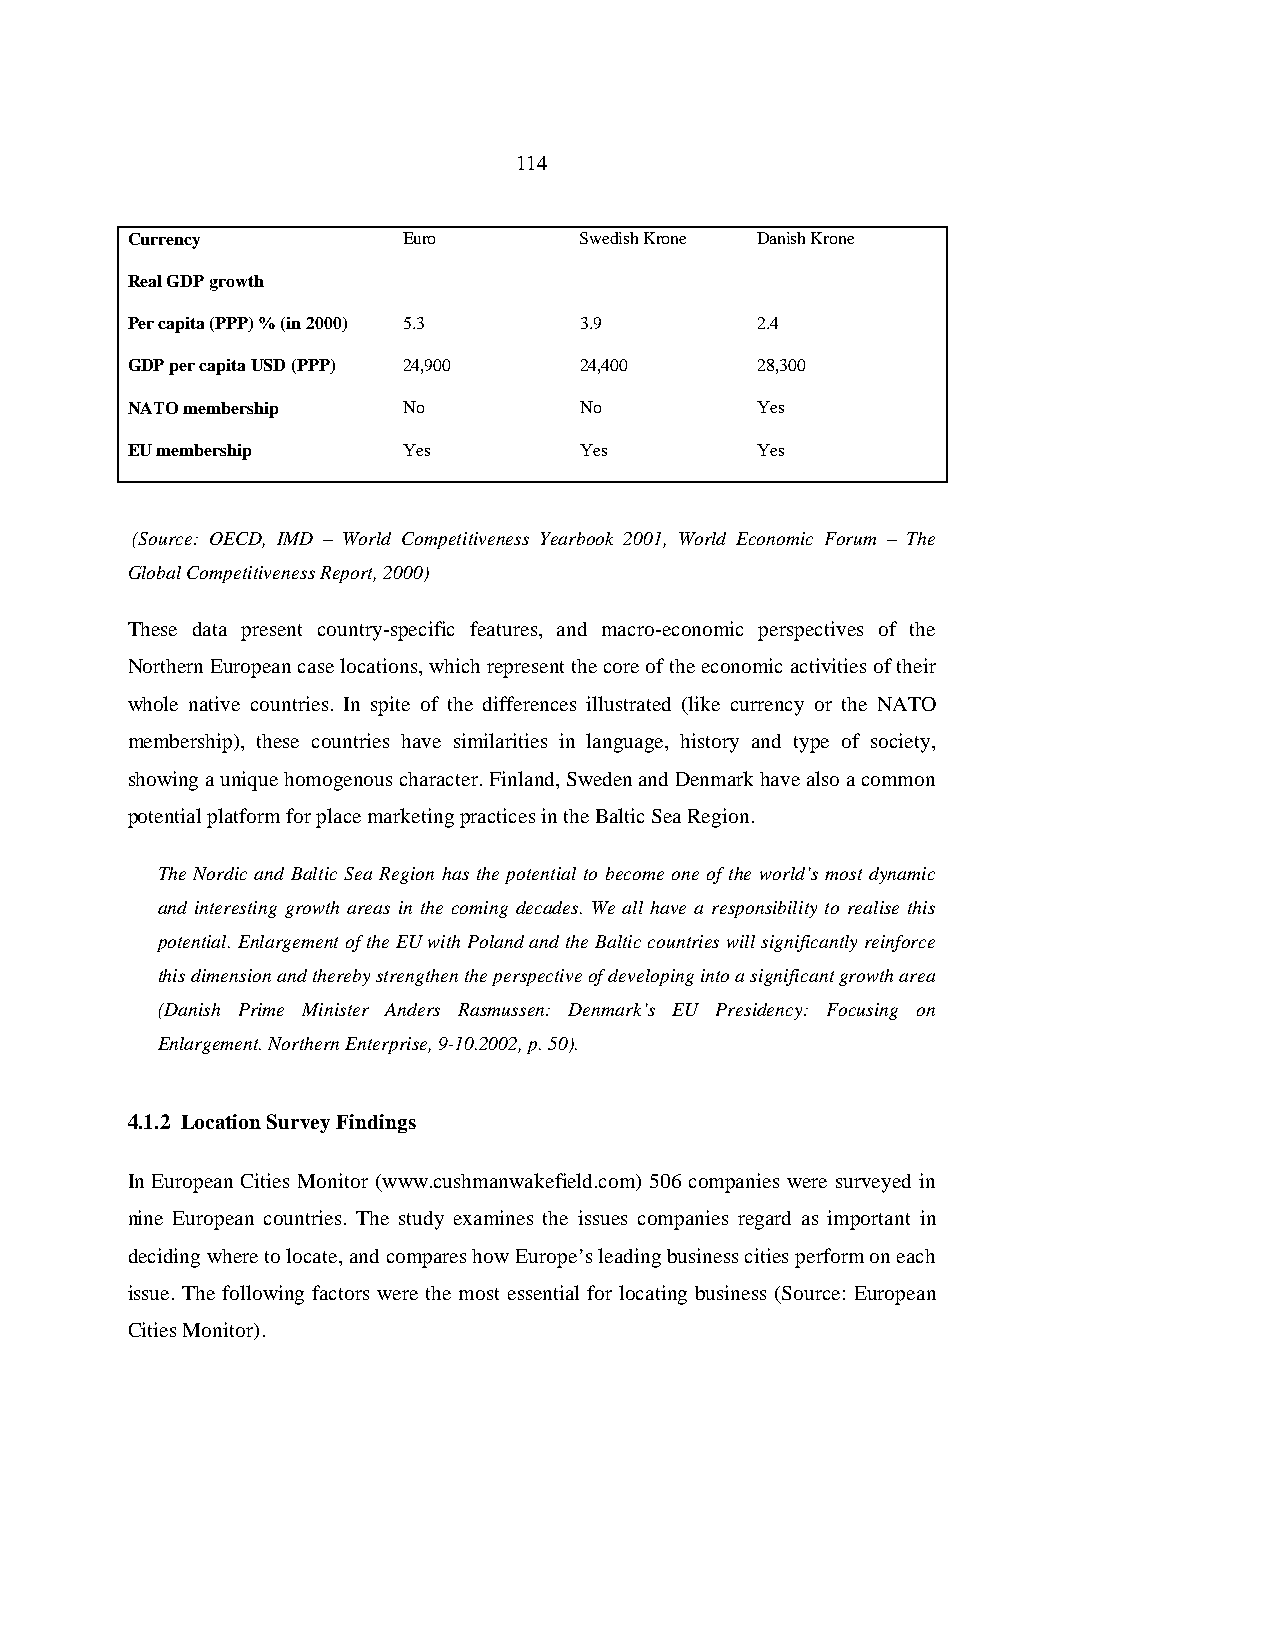
114
 Currency           Euro       Swedish Krone Danish Krone
 Real GDP growth
 Per capita (PPP) % (in 2000) 5.3 3.9      2.4
 GDP per capita USD (PPP) 24,900 24,400    28,300
 NATO membership    No         No          Yes
 EU membership      Yes        Yes         Yes
 (Source: OECD, IMD – World Competitiveness Yearbook 2001, World Economic Forum – The
 Global Competitiveness Report, 2000)
 These data present country-specific features, and macro-economic perspectives of the
 Northern European case locations, which represent the core of the economic activities of their
 whole native countries. In spite of the differences illustrated (like currency or the NATO
 membership), these countries have similarities in language, history and type of society,
 showing a unique homogenous character. Finland, Sweden and Denmark have also a common
 potential platform for place marketing practices in the Baltic Sea Region.
 The Nordic and Baltic Sea Region has the potential to become one of the world’s most dynamic
 and interesting growth areas in the coming decades. We all have a responsibility to realise this
 potential. Enlargement of the EU with Poland and the Baltic countries will significantly reinforce
 this dimension and thereby strengthen the perspective of developing into a significant growth area
 (Danish Prime Minister Anders Rasmussen: Denmark’s EU Presidency: Focusing on
 Enlargement. Northern Enterprise, 9-10.2002, p. 50).
 4.1.2 Location Survey Findings
 In European Cities Monitor (www.cushmanwakefield.com) 506 companies were surveyed in
 nine European countries. The study examines the issues companies regard as important in
 deciding where to locate, and compares how Europe’s leading business cities perform on each
 issue. The following factors were the most essential for locating business (Source: European
 Cities Monitor).